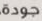
جودة